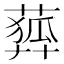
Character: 𦻨